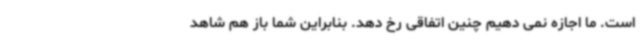
است. ما اجازه نمی دهیم چنین اتفاقی رخ دهد. بنابراین شما باز هم شاهد